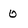
Character: 0